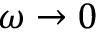
\omega \to 0